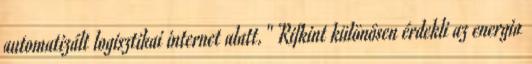
automatizált logisztikai internet alatt." Rifkint különösen érdekli az energia